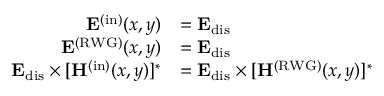
\begin{array} { r l } { \mathbf { E } ^ { ( \mathrm { i n } ) } ( x , y ) } & { = \mathbf { E } _ { \mathrm { d i s } } } \\ { \mathbf { E } ^ { \mathrm { ( R W G ) } } ( x , y ) } & { = \mathbf { E } _ { \mathrm { d i s } } } \\ { \mathbf { E } _ { \mathrm { d i s } } \times [ \mathbf { H } ^ { \mathrm { ( i n ) } } ( x , y ) ] ^ { * } } & { = \mathbf { E } _ { \mathrm { d i s } } \times [ \mathbf { H } ^ { \mathrm { ( R W G ) } } ( x , y ) ] ^ { * } } \end{array}